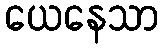
ယေနေသာ